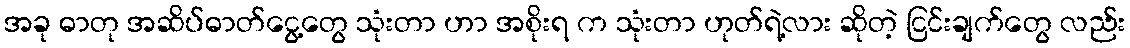
အခု ဓာတု အဆိပ်ဓာတ်ငွေ့တွေ သုံးတာ ဟာ အစိုးရ က သုံးတာ ဟုတ်ရဲ့လား ဆိုတဲ့ ငြင်းချက်တွေ လည်း